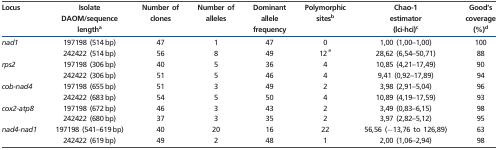
| Locus | Isolate DAOM/sequence lengtha | Number of clones | Number of alleles | Dominant allele frequency | Polymorphic sitesb | Chao-1 estimator (lci-hci)c | Good’s coverage (%)d |
 | --- | --- | --- | --- | --- | --- | --- | --- |
 | <ROWSPAN=2> nad1 | 197198 (514 bp) | 47 | 1 | 47 | 0 | 1,00 (1,00–1,00) | 100 |
 | 242422 (514 bp) | 56 | 8 | 49 | 12 e | 28,62 (6,54–50,71) | 88 |
 | <ROWSPAN=2> rps2 | 197198 (306 bp) | 40 | 5 | 36 | 4 | 10,85 (4,21–17,49) | 90 |
 | 242422 (306 bp) | 51 | 5 | 46 | 4 | 9,41 (0,92–17,89) | 94 |
 | <ROWSPAN=2> cob-nad4 | 197198 (655 bp) | 51 | 3 | 49 | 2 | 3,98 (2,91–5,04) | 96 |
 | 242422 (683 bp) | 54 | 5 | 50 | 4 | 10,89 (4,19–17,59) | 93 |
 | <ROWSPAN=2> cox2-atp8 | 197198 (672 bp) | 46 | 3 | 43 | 2 | 3,49 (0,83–6,15) | 98 |
 | 242422 (680 bp) | 37 | 3 | 35 | 2 | 3,97 (2,82–5,12) | 95 |
 | <ROWSPAN=2> nad4-nad1 | 197198 (541–619 bp) | 40 | 20 | 16 | 22 | 56,56 (−13,76 to 126,89) | 63 |
 | 242422 (619 bp) | 49 | 2 | 48 | 1 | 2,00 (1,06–2,94) | 98 |